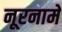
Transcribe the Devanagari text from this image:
नूरनामे